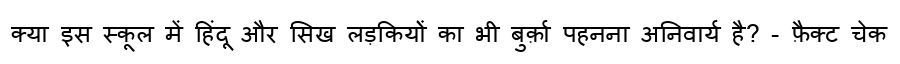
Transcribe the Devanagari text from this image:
क्या इस स्कूल में हिंदू और सिख लड़कियों का भी बुर्क़ा पहनना अनिवार्य है? - फ़ैक्ट चेक